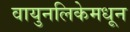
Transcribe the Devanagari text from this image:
वायुनलिकेमधून